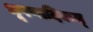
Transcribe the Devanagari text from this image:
भूषणादिकम्